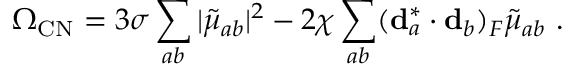
\Omega _ { \mathrm { C N } } = 3 \sigma \sum _ { a b } | { \tilde { \mu } } _ { a b } | ^ { 2 } - 2 \chi \sum _ { a b } ( { \bf d } _ { a } ^ { * } \cdot { \bf d } _ { b } ) _ { F } { \tilde { \mu } } _ { a b } \ .